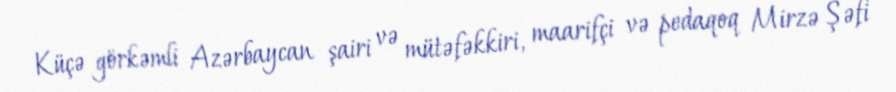
Küçə görkəmli Azərbaycan şairi və mütəfəkkiri, maarifçi və pedaqoq Mirzə Şəfi